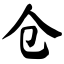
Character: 仓